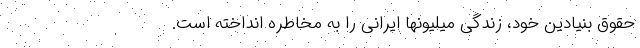
حقوق بنیادین خود، زندگی میلیونها ایرانی را به مخاطره انداخته است.